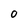
Character: O